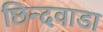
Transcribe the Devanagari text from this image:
छिन्दवाडा